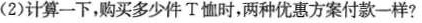
(2)计算一下，购买多少件T恤时，两种优惠方案付款一样？